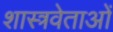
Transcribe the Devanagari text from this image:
शास्त्रवेताओं